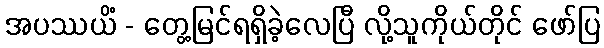
အပဿယိံ - တွေ့မြင်ရရှိခဲ့လေပြီ လို့သူကိုယ်တိုင် ဖော်ပြ